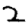
Digit: 2